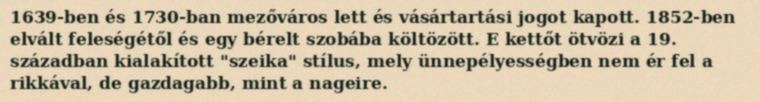
1639-ben és 1730-ban mezőváros lett és vásártartási jogot kapott. 1852-ben elvált feleségétől és egy bérelt szobába költözött. E kettőt ötvözi a 19. században kialakított "szeika" stílus, mely ünnepélyességben nem ér fel a rikkával, de gazdagabb, mint a nageire.